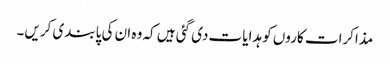
مذاکرات کاروں کو ہدایات دی گئی ہیں کہ وہ ان کی پابندی کریں۔